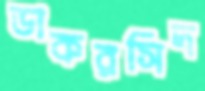
ডাকরসিদ